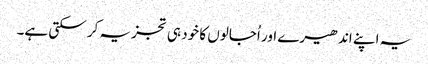
یہ اپنے اندھیرے اور اُجالوں کا خود ہی تجزیہ کر سکتی ہے۔